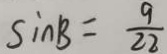
\sin B = \frac { 9 } { 2 2 }